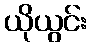
ယိုယွင်း